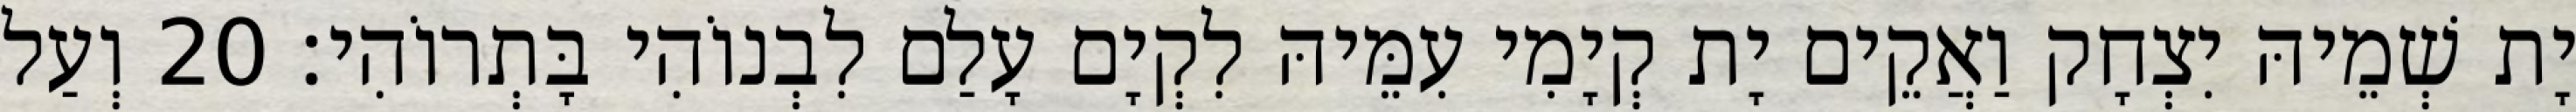
יָת שְׁמֵיהּ יִצְחָק וַאֲקֵים יָת קְיָמִי עִמֵּיהּ לִקְיָם עָלַם לִבְנוֹהִי בָּתְרוֹהִי׃ 20 וְעַל